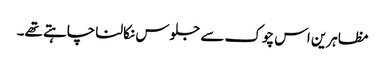
مظاہرین اس چوک سے جلوس نکالنا چاہتے تھے۔